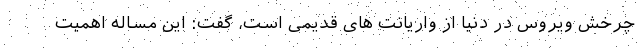
چرخش ویروس در دنیا از واریانت های قدیمی است، گفت: این مساله اهمیت